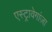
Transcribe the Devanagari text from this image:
एस्ट्रावेगांज़ा